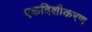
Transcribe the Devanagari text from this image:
एकदिशीकरण